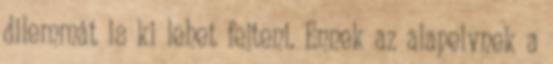
dilemmát is ki lehet fejteni. Ennek az alapelvnek a